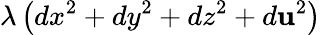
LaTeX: \lambda\left(dx^{2}+dy^{2}+dz^{2}+d\mathbf{u}^{2}\right)